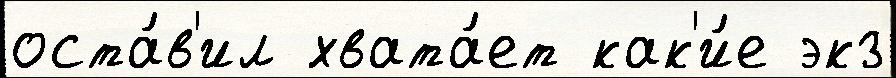
оста́в'ил хвата́ет как'и́е экз